Account of plague administration in the Bombay Presidency from September 1896 till May 1897
Year: 1896
Disease focus: Plague
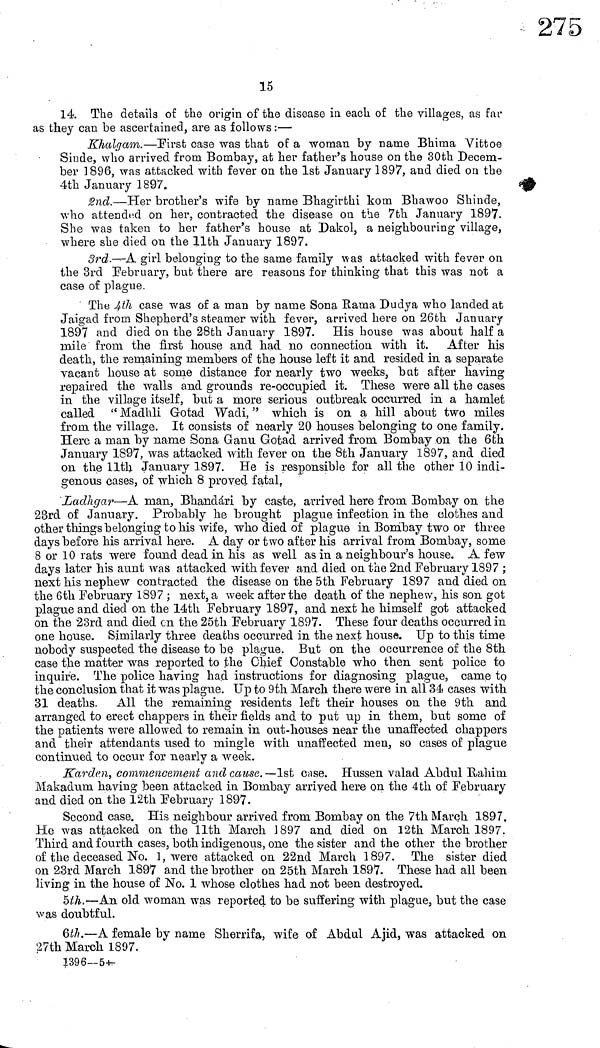
15
14 The details of the origin of the disease in each of the villages, as far
as they can be ascertained, are as follows :—
Khalgam.—First case was that of a woman by name Bhima Vittoe
Sinde, who arrived from Bombay, at her father's house on the 30th Decem-
ber 1896, was attacked with fever on the 1st January 1897, and died on the
4th January 1897.
2nd.—Her brother's wife by name Bhagirthi kom Bhawoo Shinde,
who attended on her, contracted the disease on the 7th January 1897.
She was taken to her father's house at Dakol, a neighbouring village,
where she died on the 11th January 1897.
3rd.—A girl belonging to the same family was attacked with fever on
the 3rd February, but there are reasons for thinking that this was not a
case of plague.
The 4th case was of a man by name Sona Rama Dudya who landed at
Jaigad from Shepherd's steamer with fever, arrived here on 26th January
1897 and died on the 28th January 1897. His house was about half a
mile from the first house and had no connection with it. After his
death, the remaining members of the house left it and resided in a separate
vacant house at some distance for nearly two weeks, bat after having
repaired the walls and grounds re-occupied it. These were all the cases
in the village itself, but a more serious outbreak occurred in a hamlet
called "Madhli Gotad Wadi, " which is on a hill about two miles
from the village. It consists of nearly 20 houses belonging to one family.
Here a man by name Sona Ganu Gotad arrived from Bombay on the 6th
January 1897, was attacked with fever on the 8th January 1897, and died
on the 11th January 1897. He is responsible for all the other 10 indi-
genous cases, of which 8 proved fatal.
Ladhgar—A man, Bhandári by caste, arrived here from Bombay on the
23rd of January. Probably he brought plague infection in the clothes and
other things belonging to his wife, who died of plague in Bombay two or three
days before his arrival here. A day or two after his arrival from Bombay, some
8 or 10 rats were found dead in his as well as in a neighbour's house. A few
days later his aunt was attacked with fever and died on the 2nd February 1897 ;
next his nephew contracted the disease on the 5th February 1897 and died on
the 6th February 1897 ; next, a week after the death of the nephew, his son got
plague and died on the 14th February 1897, and next he himself got attacked
on the 23rd and died on the 25th February 1897. These four deaths occurred in
one house. Similarly three deaths occurred in the next house. Up to this time
nobody suspected the disease to be plague. But on the occurrence of the 8th
case the matter was reported to the Chief Constable who then sent police to
inquire. The police having had instructions for diagnosing plague, came to
the conclusion that it was plague. Up to 9th March there were in all 34 cases with
31 deaths. All the remaining residents left their houses on the 9th and
arranged to erect chappers in their fields and to put up in them, but some of
the patients were allowed to remain in out-houses near the unaffected chappers
and their attendants used to mingle with unaffected men, so cases of plague
continued to occur for nearly a week.
Karden, commencement and cause.—1st case. Hussen valad Abdul Rahim.
Makadurn having been attacked in Bombay arrived here on the 4th of February
and died on the 12th February 1897.
Second case. His neighbour arrived from Bombay on the 7th March 1897.
He was attacked on the 11th March 3897 and died on 12th March 1897.
Third and fourth cases, both indigenous, one the sister and the other the brother
of the deceased No. 1, were attacked on 22nd March 1897. The sister died
on 23rd March 1897 and the brother on 25th March 1897. These had all been
living in the house of No. 1 whose clothes had not been destroyed.
5th.—An old woman was reported to be suffering with plague, but the case
was doubtful.
6th.—A female by name Sherrifa, wife of Abdul Ajid, was attacked on
27th March 1897.
1396—54-